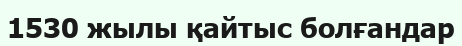
1530 жылы қайтыс болғандар